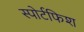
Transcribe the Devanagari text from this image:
स्पोर्टफिश